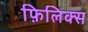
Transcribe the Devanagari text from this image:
फ़िलिक्स